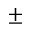
^ { \pm }